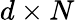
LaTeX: d\times N